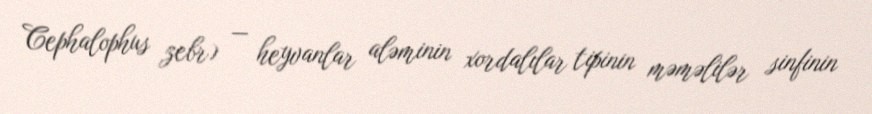
Cephalophus zebr) — heyvanlar aləminin xordalılar tipinin məməlilər sinfinin